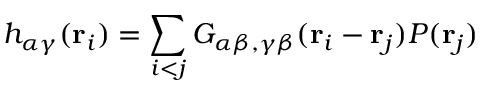
h _ { \alpha \gamma } ( { \bf r } _ { i } ) = \sum _ { i < j } G _ { \alpha \beta , \gamma \beta } ( { \bf r } _ { i } - { \bf r } _ { j } ) P ( { \bf r } _ { j } )